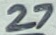
Text: 27